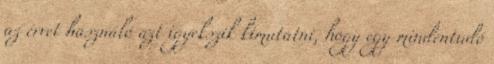
az érvet használó azt igyekszik kimutatni, hogy egy mindentudó